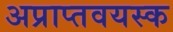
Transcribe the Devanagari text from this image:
अप्राप्तवयस्क